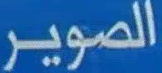
الصوير